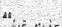
٨٦